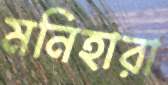
মনিহারা